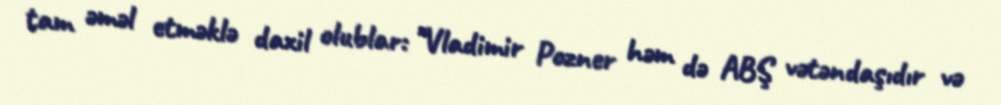
tam əməl etməklə daxil olublar: "Vladimir Pozner həm də ABŞ vətəndaşıdır və